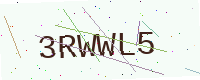
Text: 3RWWL5